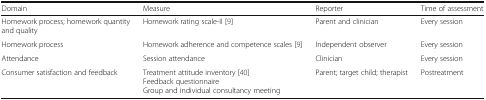
| Domain | Measure | Reporter | Time of assessment |
 | --- | --- | --- | --- |
 | Homework process; homework quantity and quality | Homework rating scale-II [9] | Parent and clinician | Every session |
 | Homework process | Homework adherence and competence scales [9] | Independent observer | Every session |
 | Attendance | Session attendance | Clinician | Every session |
 | Consumer satisfaction and feedback | Treatment attitude inventory [40]Feedback questionnaireGroup and individual consultancy meeting | Parent; target child; therapist | Postreatment |